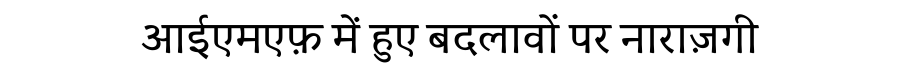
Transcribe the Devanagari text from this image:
आईएमएफ़ में हुए बदलावों पर नाराज़गी